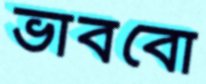
ভাববো